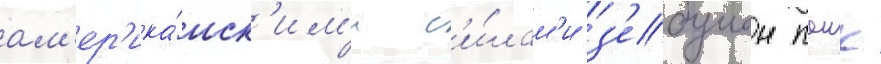
ам'ер'ика́нск'им'и с'и́лам'и з'ебулон паик